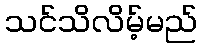
သင်သိလိမ့်မည်